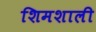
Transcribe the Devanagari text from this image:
शिमशाली